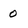
Character: 0